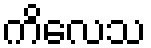
ကိလေသ